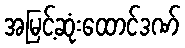
အမြင့်ဆုံးထောင်ဒဏ်